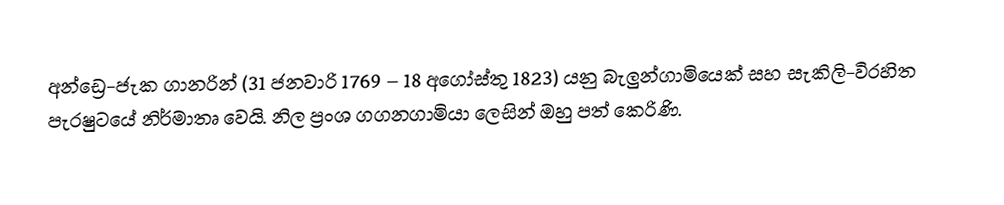
අන්ඩ්‍රෙ-ජැක ගානරින් (31 ජනවාරි 1769 – 18 අගෝස්තු 1823) යනු බැලුන්ගාමියෙක් සහ සැකිලි-විරහිත පැරෂුටයේ නිර්මාතෘ වෙයි. නිල ප්‍රංශ ගගනගාමියා ලෙසින් ඔහු පත් කෙරිණි.